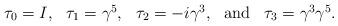
LaTeX: \begin{align*}\begin{array}{ccccc} \tau_0 = I, & \tau_1 = \gamma^5, & \tau_2 = -i\gamma^3, & \mbox{and} & \tau_3 = \gamma^3 \gamma^5. \end{array}\end{align*}